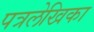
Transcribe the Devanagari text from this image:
पत्रलेखिका